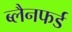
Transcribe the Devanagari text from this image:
ब्लैनफर्ड